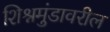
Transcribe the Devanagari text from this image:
शिश्नमुंडावरील